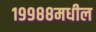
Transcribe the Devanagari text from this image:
१९९८८मधील